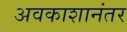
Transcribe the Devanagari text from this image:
अवकाशानंतर